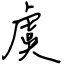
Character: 虞